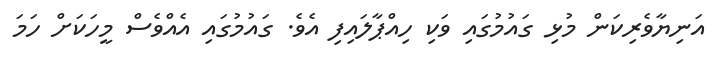
އަނިޔާވެރިކަން މުޅި ގައުމުގައި ވަކި ހިއްޕާލައިފި އެވެ. ގައުމުގައި އެއްވެސް މީހަކަށް ހަމަ